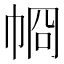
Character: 𢂶